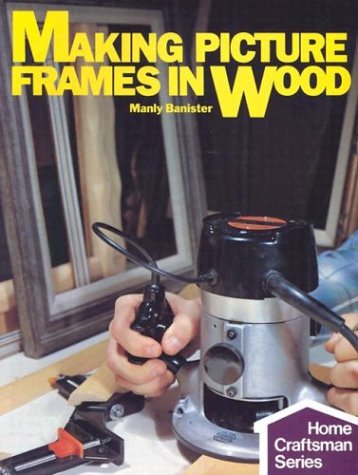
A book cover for Making Picture Frames In Wood (Home Craftsman); Manly Banister; Crafts, Hobbies & Home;